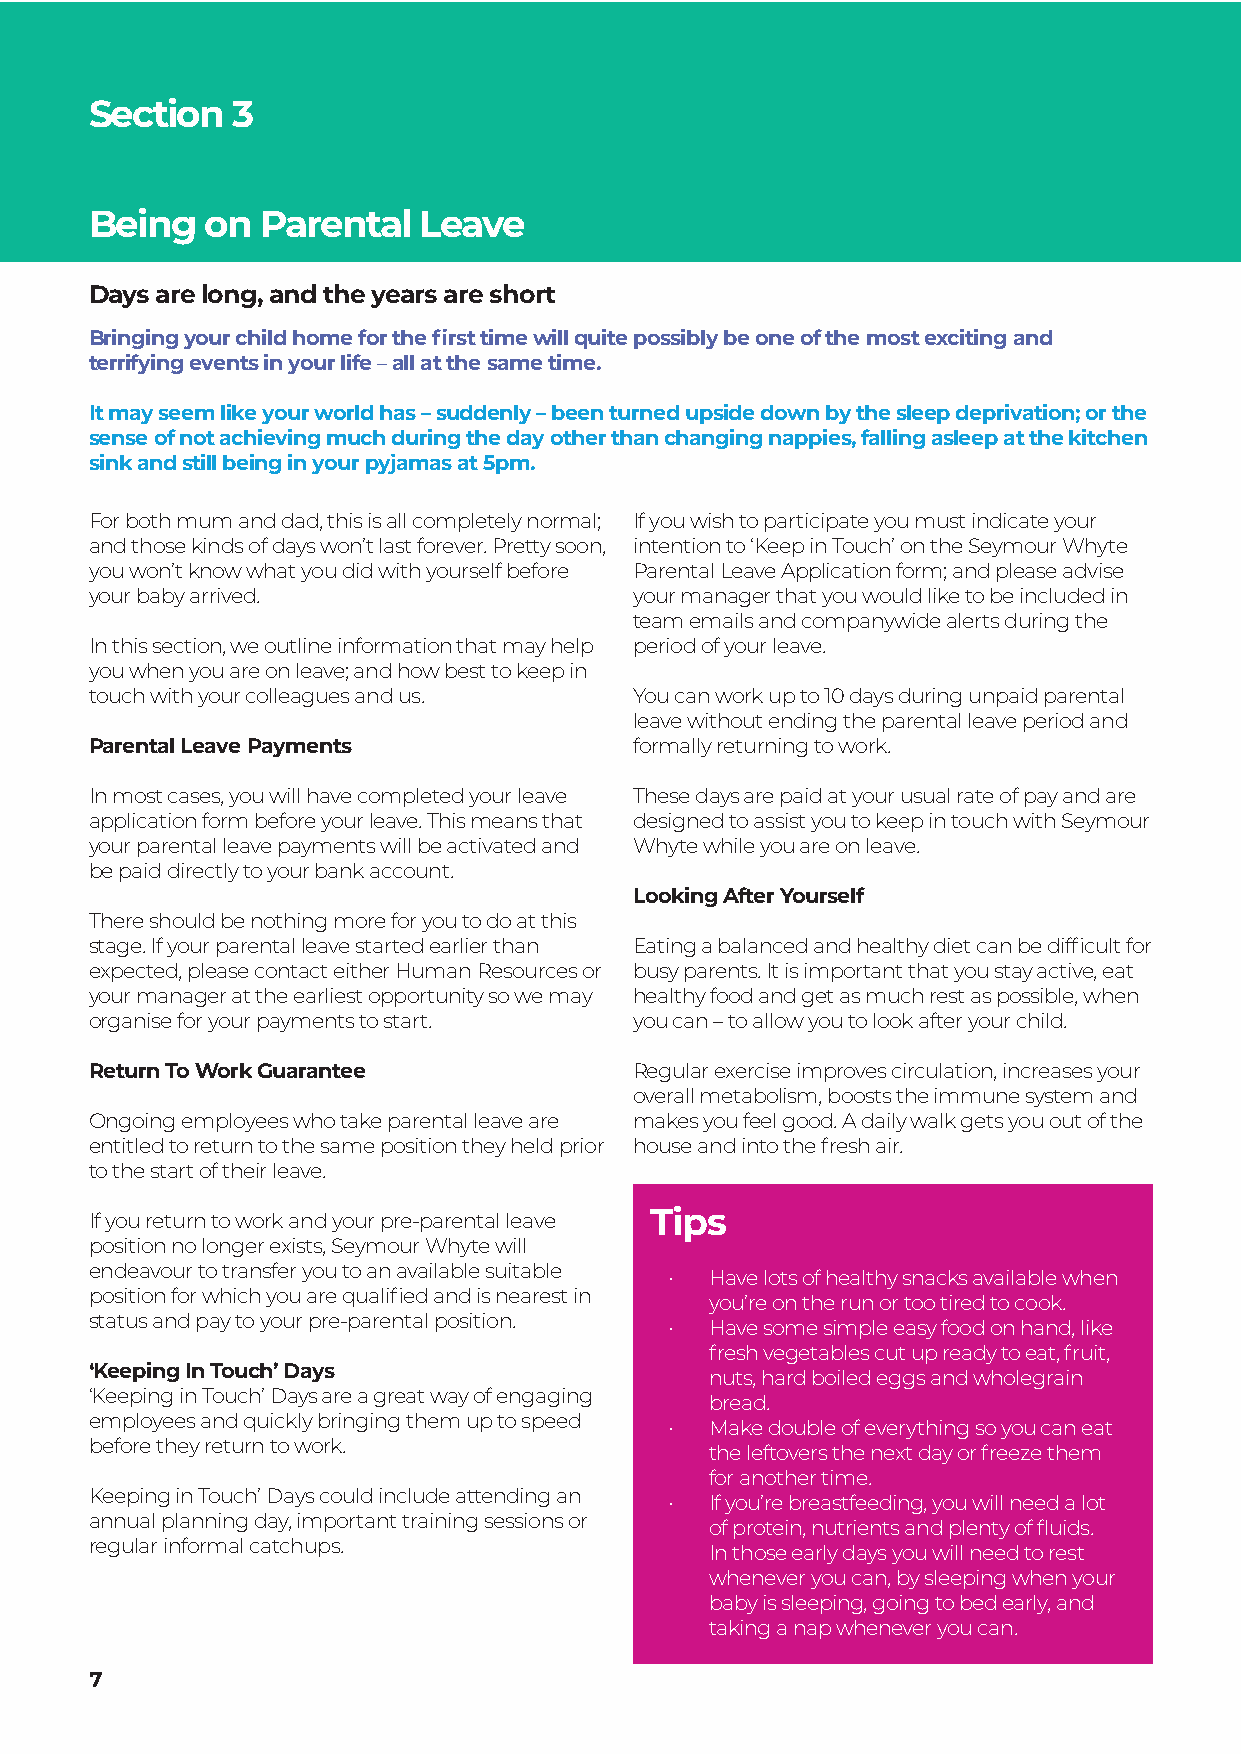
Section  3
 Being   on Parental   Leave
 Days are long, and the years are short
 Bringing your child home for the first time will quite possibly be one of the most exciting and
 terrifying events in your life – all at the same time.
 It may seem like your world has – suddenly – been turned upside down by the sleep deprivation; or the
 sense of not achieving much during the day other than changing nappies, falling asleep at the kitchen
 sink and still being in your pyjamas at 5pm.
 For both mum and dad, this is all completely normal; If you wish to participate you must indicate your
 and those kinds of days won’t last forever. Pretty soon, intention to ‘Keep in Touch’ on the Seymour Whyte
 you won’t know what you did with yourself before Parental Leave Application form; and please advise
 your baby arrived.                  your manager that you would like to be included in
 team emails and companywide alerts during the
 In this section, we outline information that may help period of your leave.
 you when you are on leave; and how best to keep in
 touch with your colleagues and us.  You can work up to 10 days during unpaid parental
 leave without ending the parental leave period and
 Parental Leave Payments             formally returning to work.
 In most cases, you will have completed your leave These days are paid at your usual rate of pay and are
 application form before your leave. This means that designed to assist you to keep in touch with Seymour
 your parental leave payments will be activated and Whyte while you are on leave.
 be paid directly to your bank account.
 Looking After Yourself
 There should be nothing more for you to do at this
 stage. If your parental leave started earlier than Eating a balanced and healthy diet can be difficult for
 expected, please contact either Human Resources or busy parents. It is important that you stay active, eat
 your manager at the earliest opportunity so we may healthy food and get as much rest as possible, when
 organise for your payments to start. you can – to allow you to look after your child.
 Return To Work Guarantee            Regular exercise improves circulation, increases your
 overall metabolism, boosts the immune system and
 Ongoing employees who take parental leave are makes you feel good. A daily walk gets you out of the
 entitled to return to the same position they held prior house and into the fresh air.
 to the start of their leave.
 If you return to work and your pre-parental leave Tips
 position no longer exists, Seymour Whyte will
 endeavour to transfer you to an available suitable
 •  Have lots of healthy snacks available when
 position for which you are qualified and is nearest in
 you’re on the run or too tired to cook.
 status and pay to your pre-parental position.
 •  Have some simple easy food on hand, like
 fresh vegetables cut up ready to eat, fruit,
 ‘Keeping In Touch’ Days
 nuts, hard boiled eggs and wholegrain
 ‘Keeping in Touch’ Days are a great way of engaging
 bread.
 employees and quickly bringing them up to speed
 •  Make double of everything so you can eat
 before they return to work.
 the leftovers the next day or freeze them
 for another time.
 Keeping in Touch’ Days could include attending an
 •  If you’re breastfeeding, you will need a lot
 annual planning day, important training sessions or
 of protein, nutrients and plenty of fluids.
 regular informal catchups.
 In those early days you will need to rest
 whenever you can, by sleeping when your
 baby is sleeping, going to bed early, and
 taking a nap whenever you can.
 7